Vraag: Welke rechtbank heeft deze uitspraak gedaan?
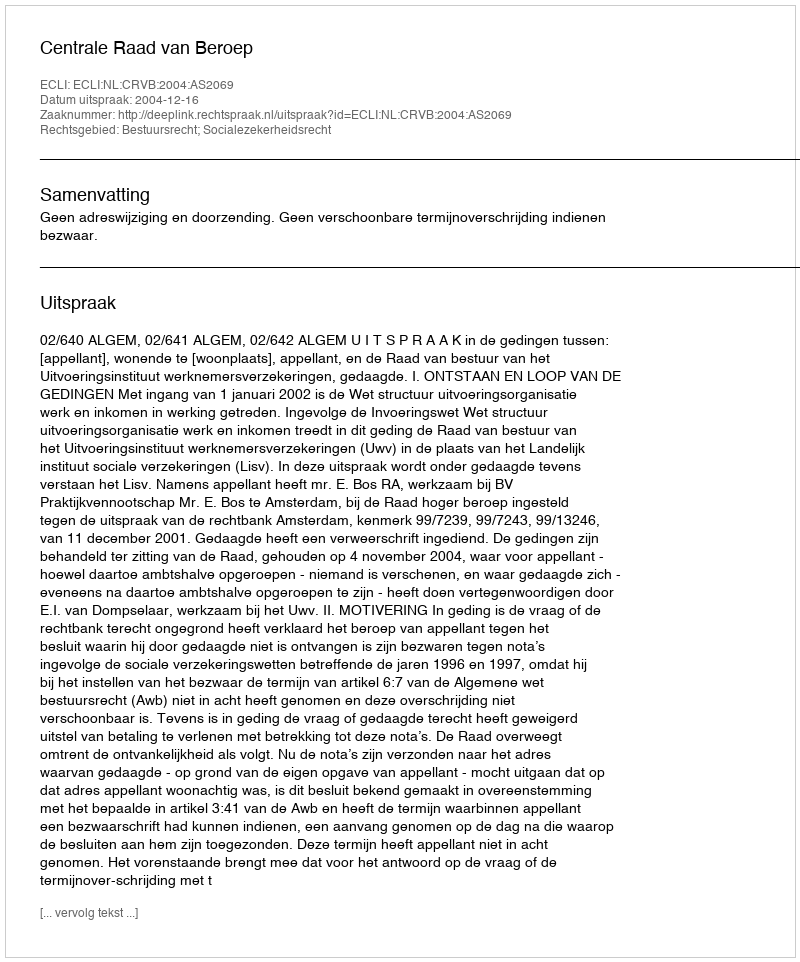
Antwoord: Centrale Raad van Beroep